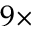
9 \times